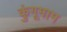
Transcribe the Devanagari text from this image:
कुंगूमाम